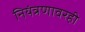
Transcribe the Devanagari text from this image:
नियंत्रणावरही